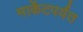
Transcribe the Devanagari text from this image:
मार्केटपर्यंत